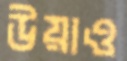
উয়াও